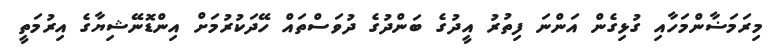
މިރަމަޟާންމަހާއި ގުޅިގެން އަންނަ ފިތުރު އީދުގެ ބަންދުގެ ދުވަސްތައް ހޭދަކުރުމަށް އިންޑޮނޭޝިޔާގެ އިރުމަތީ